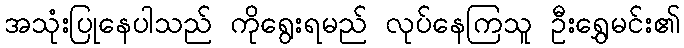
အသုံးပြုနေပါသည် ကိုရွေးရမည် လုပ်နေကြသူ ဦးရွှေမင်း၏